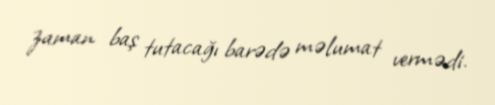
zaman baş tutacağı barədə məlumat vermədi.